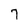
Character: 7